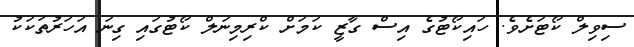
ސިވިލް ކޯޓަށެވެ. ހައިކޯޓުގެ އިސް ގާޒީ ކަމަށް ކްރިމިނަލް ކޯޓުގައި ގިނަ އަހަރުތަކަކު